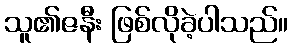
သူ၏ဇနီး ဖြစ်လိုခဲ့ပါသည်။